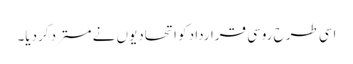
اسی طرح روسی قرارداد کو اتحادیوں نے مسترد کردیا۔